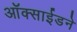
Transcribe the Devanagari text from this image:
ऑक्साईडने